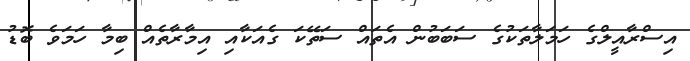
އިސްރާއީލްގެ ހަމަލާތަކުގެ ސަބަބުން އެތައް ސަތޭކަ ގެއަކާއި އިމާރާތެއް ބިމާ ހަމަވެ ބޮޑު